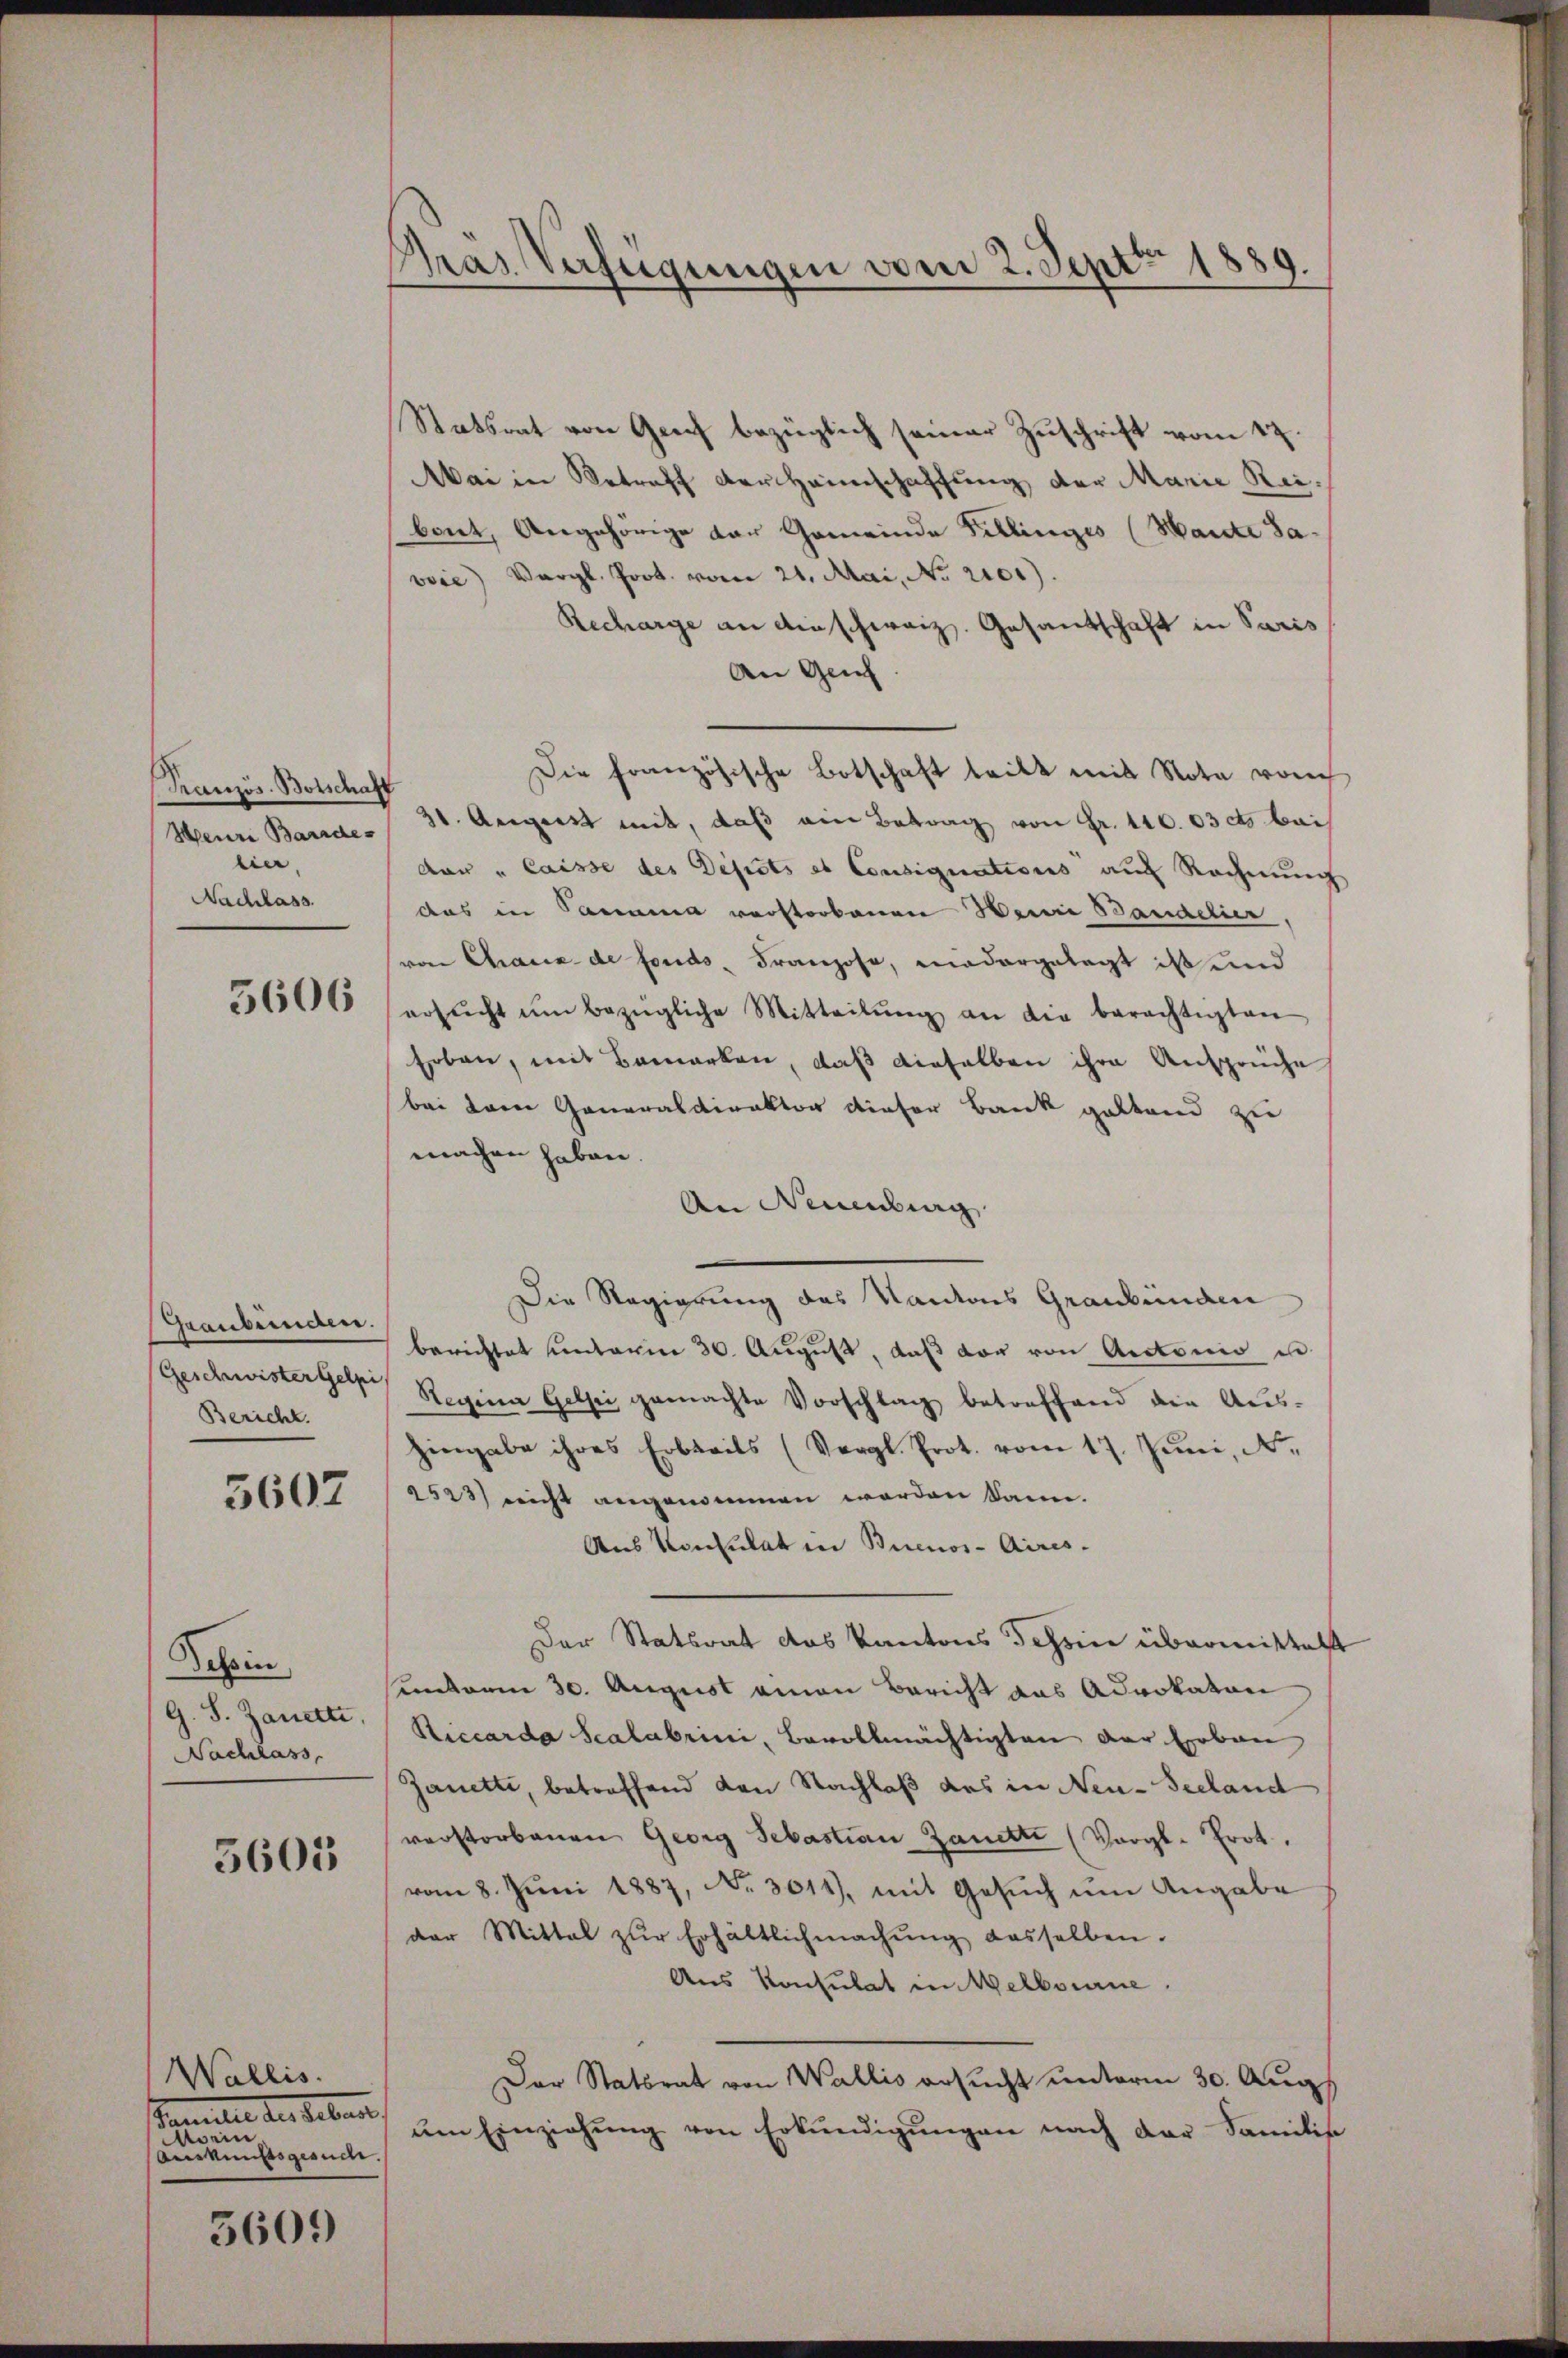
Französ. Botschaft
Heure Bandes
lie,
Nachlass.

5606

Graubünden.
.
Bericht.

5602

Schein
G. S. Zanette,
Nachlass

5605

Wallis.
anelle des Leben
 nennen
Auskunftsgesuche

5609

Pras Verfügungen vom 2. Sept 1889.

Statsrat von Greif bezüglich seiner Zuschrift vom 12.
Mai in Betreff der Heimschaffung der Marie Reibout, Angehörige der Gemeinde Tillinges (Hante Savoie Vergl. Prot. vom 21. Mai, No 2101).
Recharge an einschweiz. Gesantschaft in Paris
An Genf
Die französische Botschaft teilt mit Nota von
31. August mit, daß ein Betrag von Fr. 140. 03 cts bei
dar "laisse des Depots et Consignations aus Rechnung
das in Samama verstorbenen Weine Banadier,
von Chaux de fonds, Franzose, niedergelegt ist und
ersŭcht ŭm bezügliche Mitteilŭng an die berechtigten
Erben, mit Bemerken, daß dieselben ihre Ansprüche
bei dem Generaldirektor dieser Bank geltend zu
machen haben.
An Neuenburg
Die Regierung des Kantons Graubünden
berichtet unterie 30. August, daß der von Antonio i
(Geschwistergelte Regina Gelei gemachte Vorschlag betreffend die Aŭs-
hingabe ihres Erbteils (Vergl. Prot. vom 17. Juni, N.
2523) nicht angenommen worden kann.
Aus Konsulat in Buenos-Aires.
Der Statsrat das Kantons Schein übermittelt
undarm 30. August eman Bericht aus Advokaton
Riccarda Scalabrini, Bevollmächtigten der Erbau
Janetti, betreffend den Nachlaß das in Neu-Seeland
verstorbenen Georg Sebastian Zanette (Vergl. Prot.
vom 8. Juni 1887, No 3014), mit Gesuch um Angabe
der Mittal zŭr Erhältlichmachŭng dasselben.
Aus Konsulat in Melboure.
Der Statsrat von Wallis ersucht unterm 30. Augs
ŭm Einziehŭng von Erkundigŭngen nach der Familie